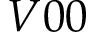
V 0 0